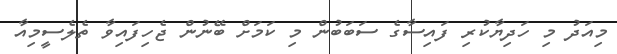
މިއަދު މި ހަދިޔާކުރި ފައިސާގެ ސަބަބުން މި ކަމަށް ބޭނުން ޖެހިފައިވާ ތެލެސީމިއާ